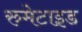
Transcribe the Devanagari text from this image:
रुमेटाइड